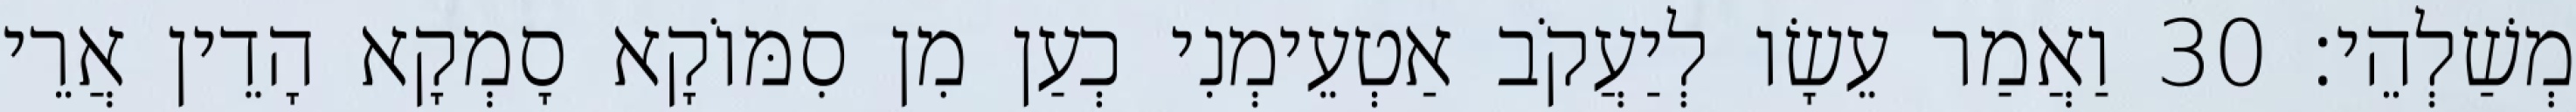
מְשַׁלְהֵי׃ 30 וַאֲמַר עֵשָׂו לְיַעֲקֹב אַטְעֵימְנִי כְעַן מִן סִמּוֹקָא סָמְקָא הָדֵין אֲרֵי